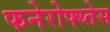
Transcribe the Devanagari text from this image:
फनेरोफ्य्तेस